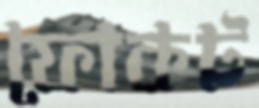
ফোকট